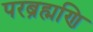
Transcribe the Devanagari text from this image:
परब्रह्मणि